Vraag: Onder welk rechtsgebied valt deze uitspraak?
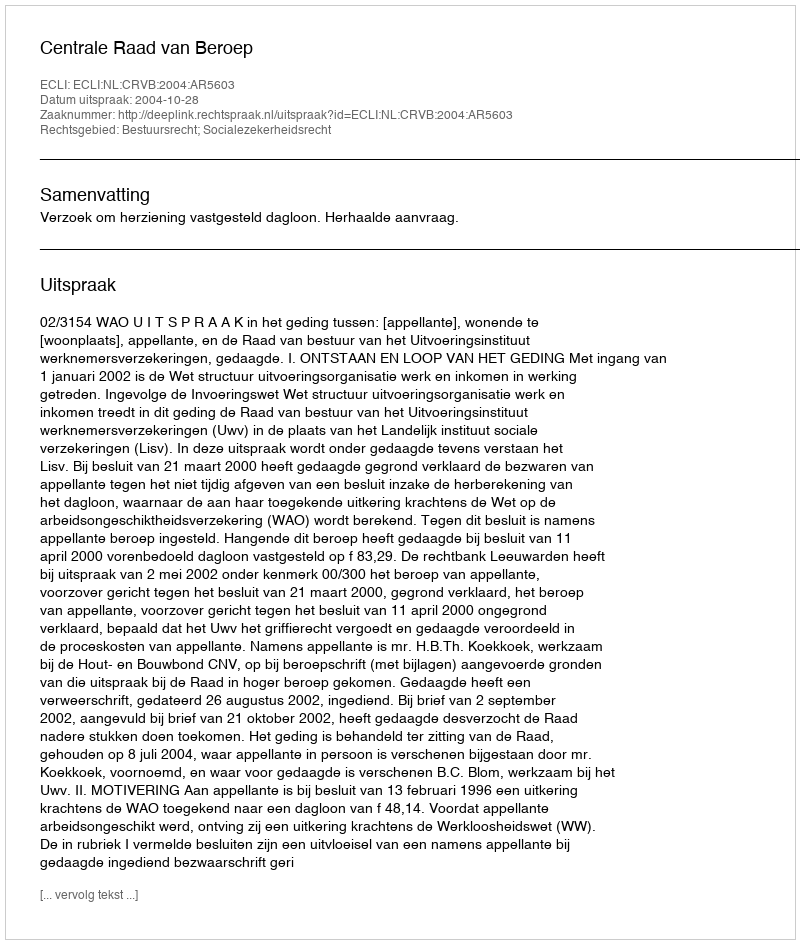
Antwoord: Bestuursrecht; Socialezekerheidsrecht